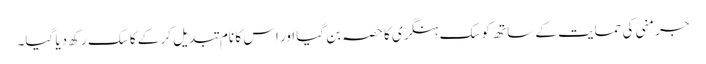
جرمنی کی حمایت کے ساتھ کوسک ہنگری کا حصہ بن گیا اور اس کا نام تبدیل کر کے کاسک رکھ دیا گیا۔